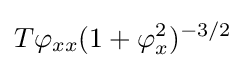
T\varphi _{xx}(1+\varphi _{x}^{2})^{-3/2}